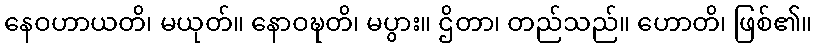
နေဝဟာယတိ၊ မယုတ်။ နောဝဍ္ဎတိ၊ မပွား။ ဌိတာ၊ တည်သည်။ ဟောတိ၊ ဖြစ်၏။